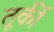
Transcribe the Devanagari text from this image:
तूर्की